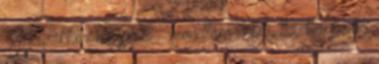
- Na, akkor menjünk. – mondtam nekik, közben pedig